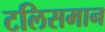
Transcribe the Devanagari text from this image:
टलिसमान